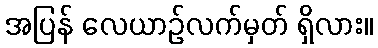
အပြန် လေယာဉ်လက်မှတ် ရှိလား။